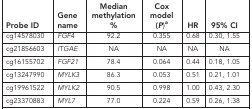
| Probe ID | Gene name | Median methylation % | Cox model (P)a | HR | 95% CI |
 | --- | --- | --- | --- | --- | --- |
 | cg14578030 | FGF4 | 92.2 | 0.355 | 0.68 | 0.30, 1.55 |
 | cg21856603 | ITGAE | NA | NA | NA | NA |
 | cg16155702 | FGF21 | 78.4 | 0.064 | 0.44 | 0.18, 1.05 |
 | cg13247990 | MYLK3 | 86.3 | 0.053 | 0.51 | 0.21, 1.01 |
 | cg19961522 | MYLK2 | 90.5 | 0.998 | 1.00 | 0.43, 2.30 |
 | cg23370883 | MYL7 | 77.0 | 0.224 | 0.59 | 0.26, 1.38 |